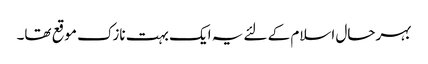
بہرحال اسلام کے لئے یہ ایک بہت نازک موقع تھا۔